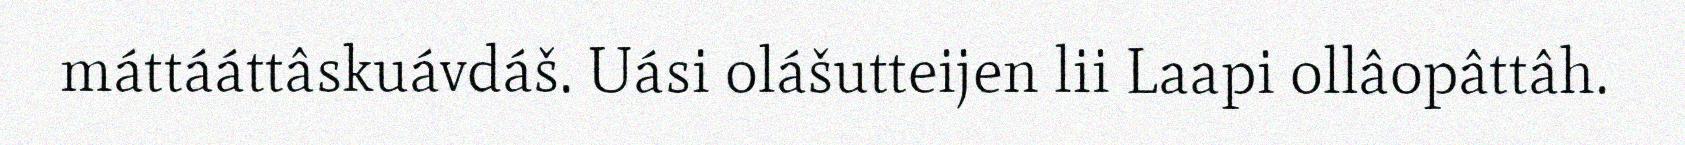
máttááttâskuávdáš. Uási olášutteijen lii Laapi ollâopâttâh.